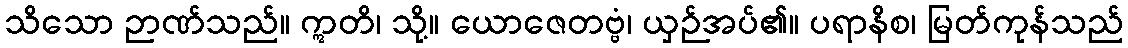
သိသော ဉာဏ်သည်။ ဣတိ၊ သို့။ ယောဇေတဗ္ဗံ၊ ယှဉ်အပ်၏။ ပရာနိစ၊ မြတ်ကုန်သည်